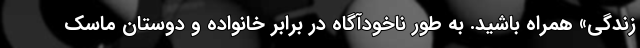
زندگی» همراه باشید. به طور ناخودآگاه در برابر خانواده و دوستان ماسک